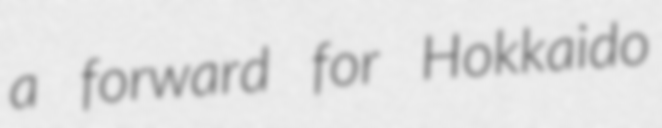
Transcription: a forward for Hokkaido